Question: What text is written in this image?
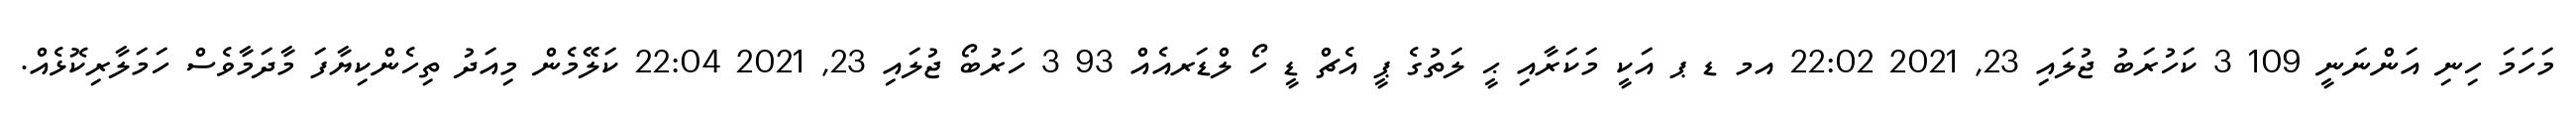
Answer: މަހަމަ ހިނި އަންނަނީ 109 3 ކަހުރަބު ޖުލައި 23, 2021 22:02 އމ ޑ ޕ އަކީ މަކަރާއި ޙީ ލަތުގެ ޕީ އެޗް ޑީ ހޯ ލްޑަރއެއް 93 3 ހަރުބޯ ޖުލައި 23, 2021 22:04 ކަލޭމެން މިއަދު ތިހެންކިޔާފަ މާދަމާވެސް ހަމަލާރިކޮޅެއް.